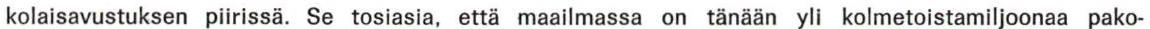
kolaisavustuksen piirissä. Se tosiasia, että maailmassa on tänään yli kolmetoistamiljoonaa pako-